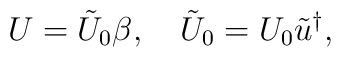
U=\tilde U_0\beta,\quad\tilde U_0=U_0\tilde u^\dag,